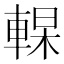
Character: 𰹔